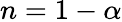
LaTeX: n=1-\alpha